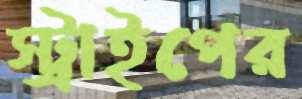
স্ট্রাইপের